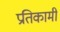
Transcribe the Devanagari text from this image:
प्रतिकामी